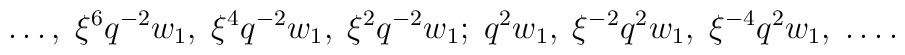
\ldots,\; \xi^6q^{-2}w_1,\; \xi^4q^{-2}w_1,\; \xi^2q^{-2}w_1;\;q^2w_1,\; \xi^{-2}q^{2}w_1,\; \xi^{-4}q^{2}w_1,\; \ldots.